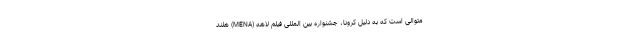
متوالی است که به دلیل کرونا، جشنواره بین المللی فیلم لاهه (MENA) هلند